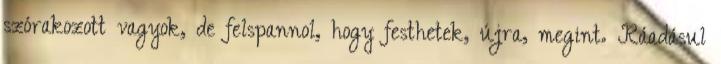
szórakozott vagyok, de felspannol, hogy festhetek, újra, megint. Ráadásul